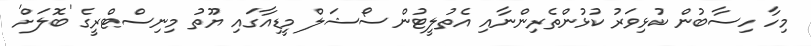
މިހާ ހިސާބުން ކުޅިވަރު ކުޅުންތެރިންނާއި އެތުލީޓުން ސޯޝަލް މީޑިއާގައި ޔޫތު މިނިސްޓްރީގެ 'ބޮލަށް'